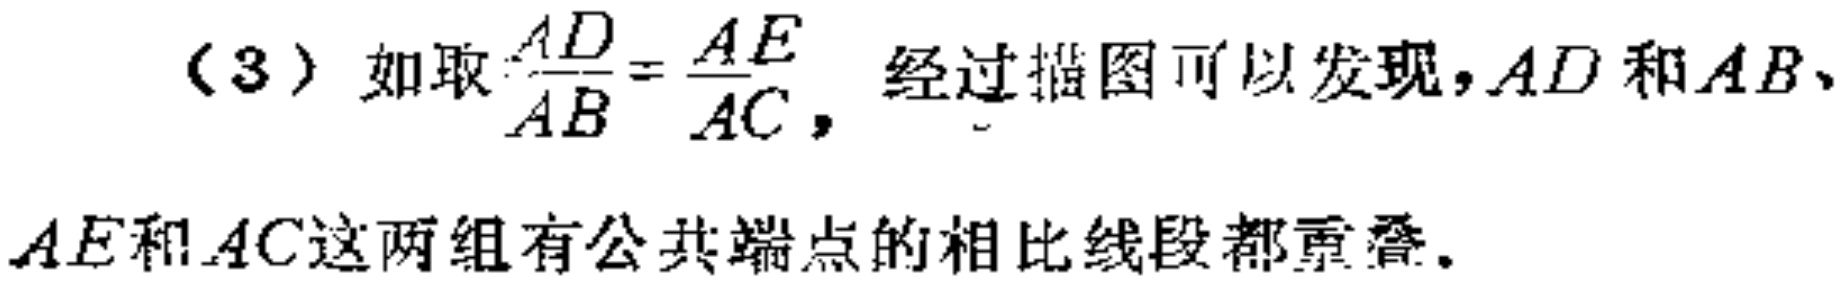
（3）如取$\frac{AD}{AB}=\frac{AE}{AC}$，经过描图可以发现，$AD$和$AB$、$AE$和$AC$这两组有公共端点的相比线段都重叠.